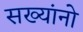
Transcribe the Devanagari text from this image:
सख्यांनो